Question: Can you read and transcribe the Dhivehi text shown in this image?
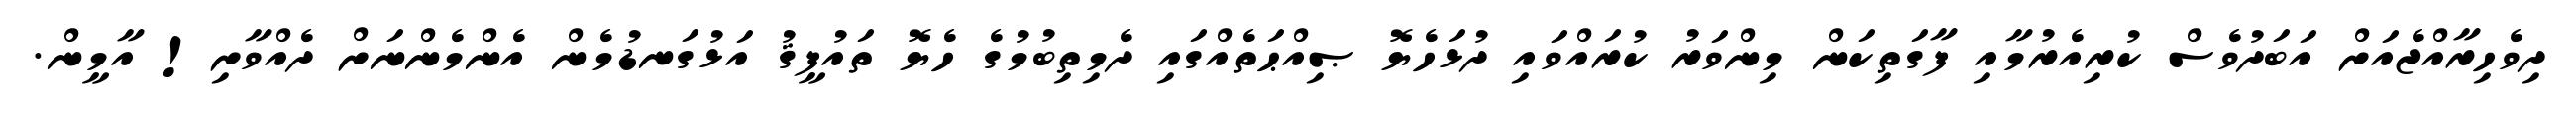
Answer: ދިވެހިރާއްޖެއަށް އަބަދުވެސް ކުރިއެރުމާއި ފާގަތިކަން މިންވަރު ކުރައްވައި ދުޅަހެޔޮ ޞިއްޙަތެއްގައި ދެމިތިބުމުގެ ހެޔޮ ތައުފީޤު އަޅުގަނޑުމެން އެންމެންނަށް ދެއްވާށި! އާމީން.